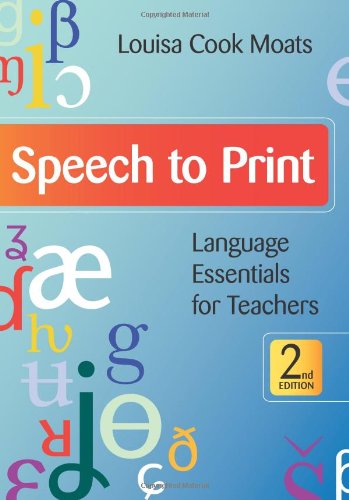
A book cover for Speech to Print: Language Essentials for Teachers, Second Edition; Louisa Moats Ph.D.; Reference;